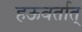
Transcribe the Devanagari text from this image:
हऊवर्तात्